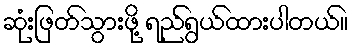
ဆုံးဖြတ်သွားဖို့ ရည်ရွယ်ထားပါတယ်။